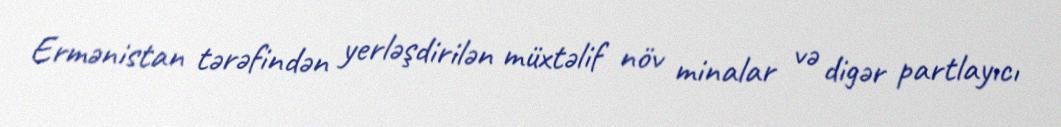
Ermənistan tərəfindən yerləşdirilən müxtəlif növ minalar və digər partlayıcı